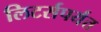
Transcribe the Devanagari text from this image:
लिटर्सपर्यंत